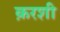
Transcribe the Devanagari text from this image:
क़रशी